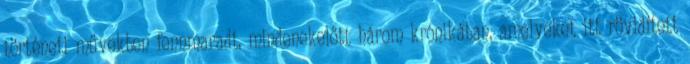
történeti művekben fennmaradt, mindenekelőtt három krónikában, amelyeket itt rövidített